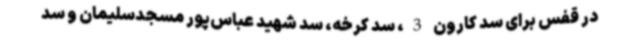
در قفس برای سد کارون 3، سد کرخه، سد شهید عباس‌پور مسجدسلیمان و سد